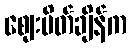
ဈေးပိတ်ချိန်က